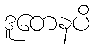
ဒူတေနပိ